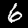
Digit: 6